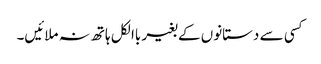
کسی سے دستانوں کے بغیر باالکل ہاتھ نہ ملائیں۔